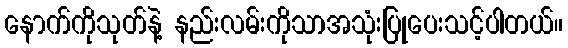
နောက်ကိုသုတ်နဲ့ နည်းလမ်းကိုသာအသုံးပြုပေးသင့်ပါတယ်။